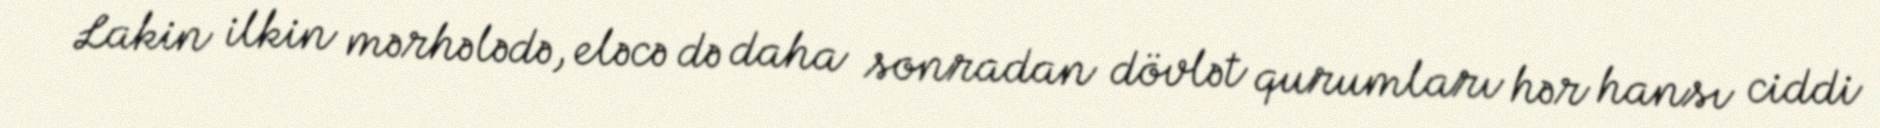
Lakin ilkin mərhələdə, eləcə də daha sonradan dövlət qurumları hər hansı ciddi